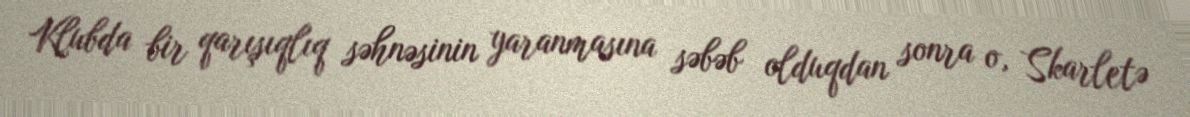
Klubda bir qarışıqlıq səhnəsinin yaranmasına səbəb olduqdan sonra o, Skarletə